Report on vaccination in the Province of Bengal - 1874-1889
Year: 1874
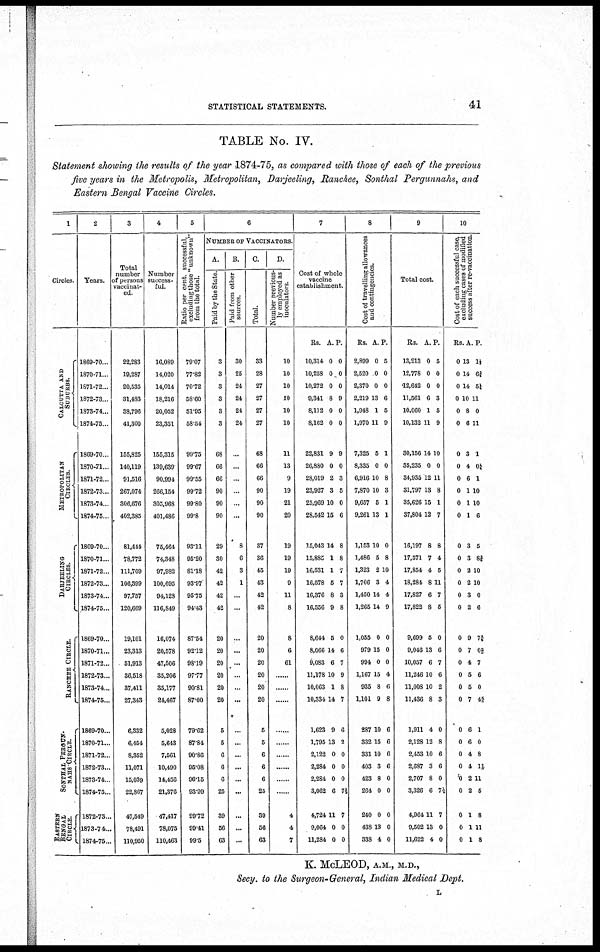
STATISTICAL STATEMENTS.
41
TABLE No. IV.
Statement showing the results of the year 1874-75, as compared with those of each of the previous
five years in the Metropolis, Metropolitan, Darjeeling, Ranchee, Sonthal Pergunnahs, and
Eastern Bengal Vaccine Circles.
1
Circles.
CALCUTTA AND
SUBURBS.
METROPOLITAN
CIRCLES.
DARJEELING
CIRCLES
RANCHEE CIRCLE.
SONTHAL PERGUN-
NAHS CIRCLE.
EASTRRN
BENGAL
CIRCLE.
2
Years.
1869-70..
1870-71..
1871-72..
1872-73..
1873-74...
1874-75...
1869-70 ..
1870-71...
1871-72..
1872-73...
1873-74..
1874-75...
1869-70..
1870-71...
1871-72..
1872-73...
1873-74...
1874-75...
1869-70...
1870-71...
1871-72...
1872-73...
1873-74...
1874-75...
1869-70...
1870-71...
1871-72...
1872-73...
1873-74..
1874-75..
1872-73..
1873-74...
1874-75...
3
Total
number
of persons
vaccinat-
ed.
22,283
19,287
20,535
31,483
38,796
41,300
155,825
140,119
91,516
267,074
306,676
402,385
81,414
78,772
111,709
106,399
97,757
120,669
19,101
23,313
51,913
36,518
37,411
27,343
6,332
6,454
8,352
11,071
15,039
22,867
47,549
78,491
110,950
4
Number
success-
ful.
16,089
14,020
14,014
18,216
20,052
23,351
155,315
139,639
90,994
266,154
305,968
401,486
75,464
74,348
97,982
100,695
94,128
116,849
16,074
20,578
47,506
35,206
35,177
24,467
5,028
5,643
7,561
10,490
14,456
21,376
47,417
78,075
110,463
5
Ratio per cent. successful,
excluding those "unknown"
from the total.
79.07
77.82
70.72
58.60
51.95
58.54
99.75
99.67
99.55
99.72
99.80
99.8
93.11
95.20
81.18
93.97
95.75
94.43
87.54
92.12
98.19
97.77
90.81
87.00
79.62
87.84
90.86
95.08
96.15
93.99
99.72
99.41
99.5
6
NUMBER OF VACCINATORS.
A.
Paid by the State.
3
3
3
3
3
3
68
66
66
90
90
90
29
30
42
42
42
42
20
20
20
20
20
20
5
5
6
6
6
25
39
56
63
B.
Paid from other
sources.
30
25
24
24
24
24
..
...
...
...
...
...
8
6
3
1
...
...
...
...
...
...
...
...
...
...
...
...
...
...
...
...
...
C.
Total.
33
28
27
27
27
27
68
66
66
90
90
90
37
36
45
43
42
42
20
20
20
20
20
20
5
5
6
6
6
25
39
56
63
D.
Number previous-
ly employed as
inoculators.
10
10
10
10
10
10
11
13
9
19
21
20
19
19
19
9
11
8
8
6
61
......
......
......
......
......
......
......
......
......
4
4
7
7
Cost of who
vaccine
establishme
Rs.
10,314
10,258
10,272
9,341
8,112
8,162
22,831
26,880
28,019
23,927
25,969
28,542
15,043
15,885
16,531
16,578
16,376
16,556
8,644
8,066
9,083
11,178
10,063
10,334
1,623
1,795
2,122
2,284
2,284
3,062
4,724
9,064
11,284
A.
0
0
0
8
0
0
9
0
2
3
10
15
14
1
1
5
8
9
5
14
6
10
1
14
9
13
0
0
0
6
11
0
0
P.
0
0
0
9
0
0
9
0
3
5
0
6
8
8
7
7
3
8
0
6
7
9
8
7
6
2
0
0
0
7½
7
0
0
8
Cost of travelling allowances
and contingencies.
Rs.
2,899
2,520
2,370
2,219
1,948
1,970
7,325
8,335
6,916
7,870
9,657
9,261
1,153
1,486
1,323
1,706
1,450
1,265
1,055
979
994
1,167
935
1,101
287
332
331
403
423
264
240
438
338
A.
0
0
0
13
1
11
5
0
10
10
5
13
10
5
2
3
14
14
0
15
0
15
8
9
10
15
10
3
8
0
0
13
4
P.
5
0
0
6
5
9
1
0
8
3
1
1
0
8
10
4
4
9
0
0
0
4
6
8
6
6
6
6
0
0
0
0
0
9
Total cost.
Rs.
13,213
12,778
12,642
11,561
10,060
10,132
30,156
35,235
34,935
31,797
35,626
37,804
16,197
17,371
17,854
18,284
17,827
17,822
9,699
9,046
10,057
11,246
11,008
11,436
1,911
2,128
2,453
2,687
2,707
3,326
4,964
9,502
11,622
A.
0
0
0
6
1
11
14
0
12
13
15
12
8
7
4
8
6
8
5
13
6
10
10
8
4
12
10
3
8
6
11
13
4
P.
5
0
0
3
5
9
10
0
11
8
1
7
8
4
5
11
7
5
0
6
7
6
2
3
0
8
6
6
0
7½
7
0
0
10
Cost of each successful case,
excluding cases of modified
success after re-vaccination.
Rs.
0
0
0
0
0
0
0
0
0
0
0
0
0
0
0
0
0
0
0
0
0
0
0
0
0
0
0
0
0
0
0
0
0
A.
13
14
14
10
8
6
3
4
6
1
1
1
3
3
2
2
3
2
9
7
4
5
5
7
6
6
4
4
2
2
1
1
1
P.
1½
6¾
5¼
11
0
11
1
0¼
1
10
10
6
5
8¾
10
10
0
6
7¼
0 2/5
7
6
0
4 4/5
1
0
8
1 1/5
11
5
8
11
8
K. McLEOD, A.M., M.D.,
Secy. to the Surgeon-General, Indian Medical Dept.
L